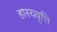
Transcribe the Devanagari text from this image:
हास्यवृत्ति